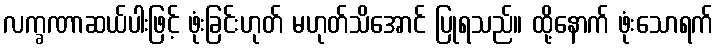
လက္ခဏာဆယ်ပါးဖြင့် ဖုံးခြင်းဟုတ် မဟုတ်သိအောင် ပြုရသည်။ ထို့နောက် ဖုံးသောရက်